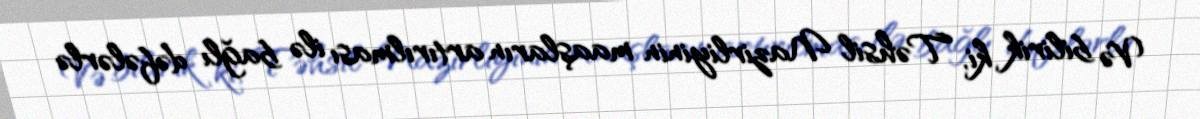
Və bilirik ki, Təhsil Nazirliyinin maaşların artırılması ilə bağlı dəfələrlə